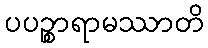
ပပဉ္စာရာမဿာတိ